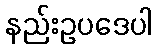
နည်းဥပဒေပါ